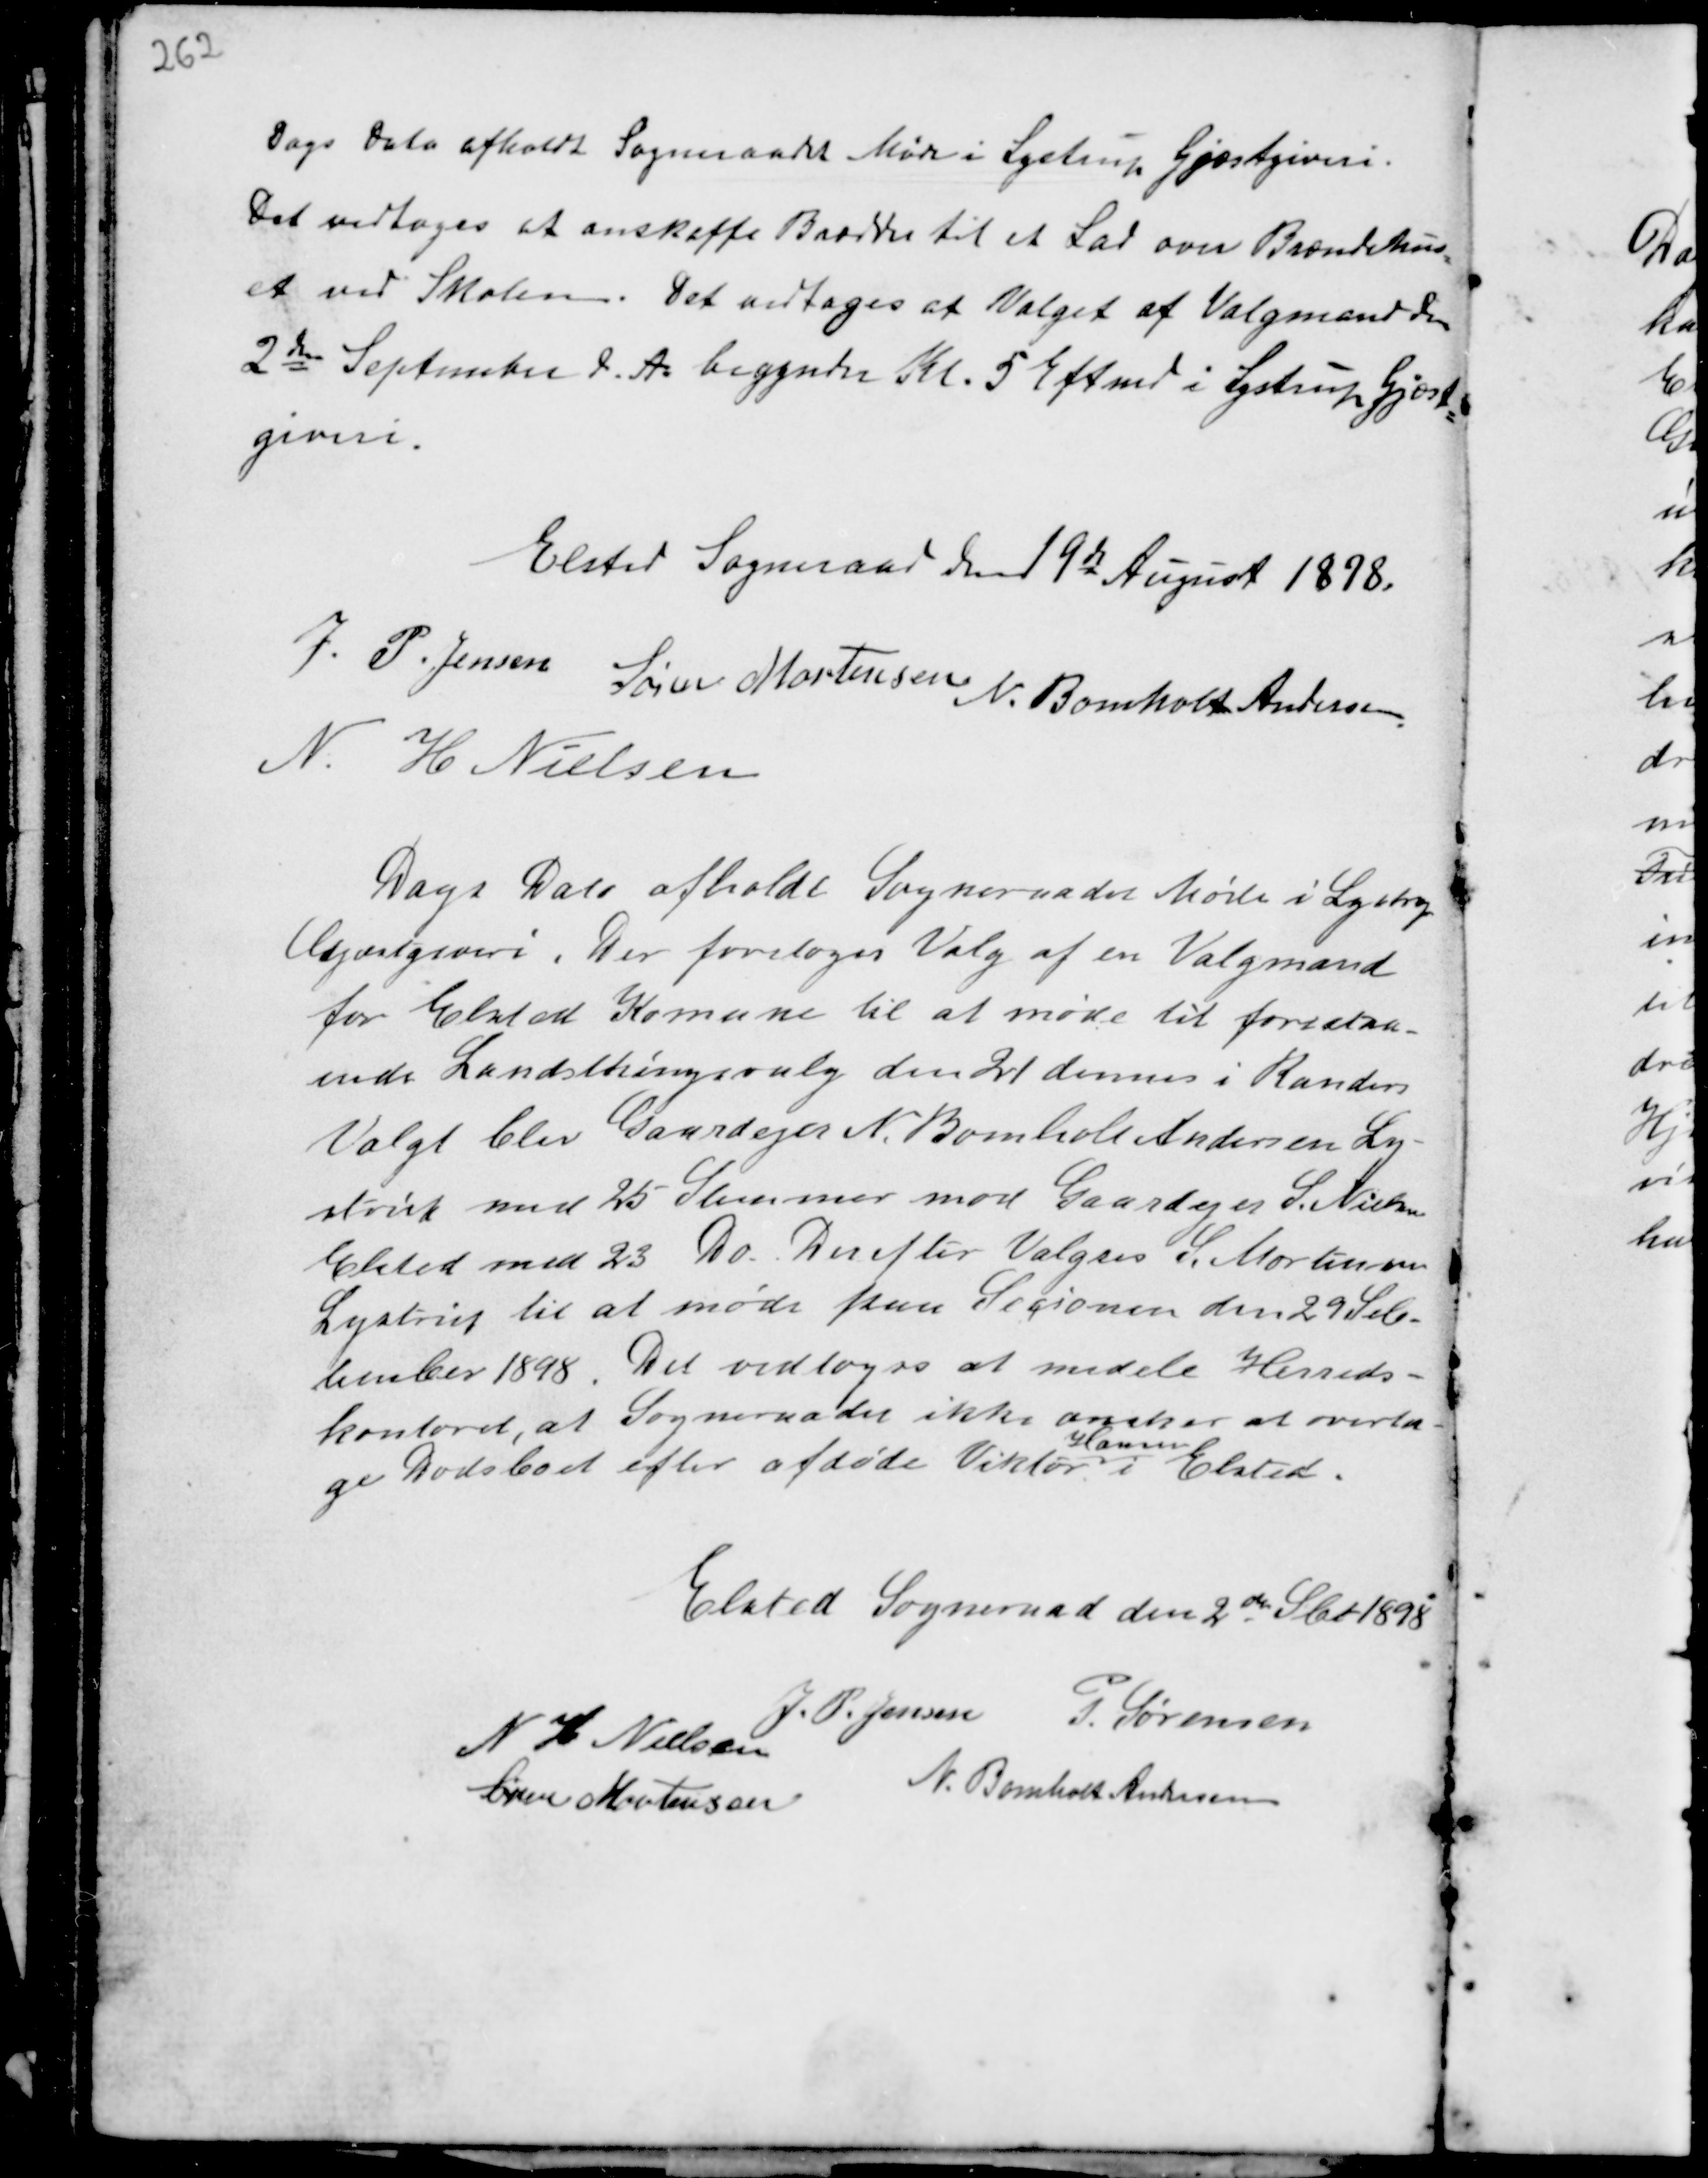
Transskription:
Dags Dato afholdt Sogneraadet Møde i Lystrup Gjæstgiveri.
Det vedtoges at anskaffe Brædder til et Lad over Brændehus-
et ved Skolen. Det vedtoges at Valget af Valgmand den
2den September d.A. begynder Kl. 5 Eftermd i Lystrup Gjæst-
giveri.

Elsted Sogneraad den 19de August 1898.
J. P. Jensen
Søren Mortensen
N. Bomholt Andersen
N. H Nielsen

Dags Dato afholdt Sogneraadet Møde i Lystrup
Gjæstgiveri. Der foretoges Valg af en Valgmand
for Elsted Komune til at møde til forestaa-
ende Landsthingsvalg den 21 dennes i Randers
Valgt blev Gaardejer N. Bomholt Andersen Ly-
strup med 25 Stemmer mod Gaardejer S. Nielsen
Elsted med 23 Do. Derefter Valgtes S. Mortensen
Lystrup til at møde paa Secionen den 29 Seb-
tember 1898. Det vedtoges at medele Herreds-
kontoret, at Sogneraadet ikke ønsker at overta-
ge Dødsboet efter afdøde Viktor
Hansen
i Elsted.

Elsted Sogneraad den 2den Sbt 1898
J. P. Jensen P. Sørensen
N H Nielsen
N. Bomholt Andersen
Søren Mortensen